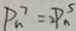
P _ { n } ^ { 7 } = 2 P _ { n } ^ { 5 }